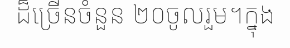
ដ៏ច្រើនចំនួន ២០ចូលរួម។ក្នុង